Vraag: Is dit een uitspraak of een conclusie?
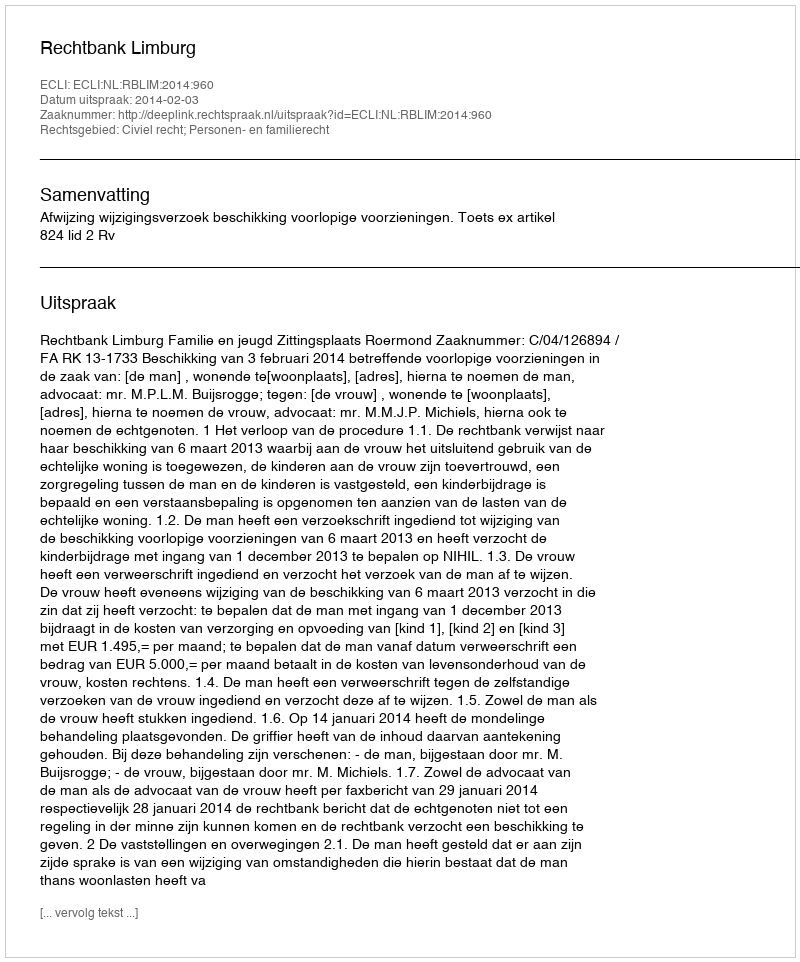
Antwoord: Uitspraak